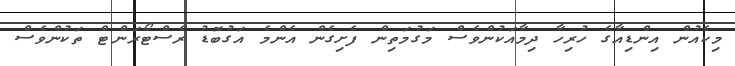
މިކެއުން އިންޑިއާގެ ހުރިހާ ދިމާއަކުންވެސް މަގުމަތިން ފެށިގެން އެންމެ އަގުބޮޑު ރެސްޓޯރަންޓް ތަކުންވެސް